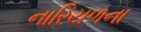
નારિયળના